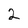
Character: 2